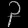
Digit: ၃